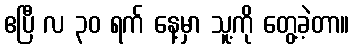
ဧပြီ လ ၃၀ ရက် နေ့မှာ သူ့ကို တွေ့ခဲ့တာ။